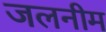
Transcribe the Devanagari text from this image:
जलनीम